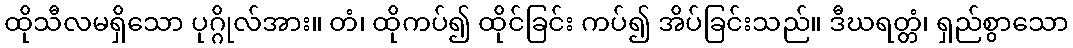
ထိုသီလမရှိသော ပုဂ္ဂိုလ်အား။ တံ၊ ထိုကပ်၍ ထိုင်ခြင်း ကပ်၍ အိပ်ခြင်းသည်။ ဒီဃရတ္တံ၊ ရှည်စွာသော